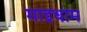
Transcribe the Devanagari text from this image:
माइधाम